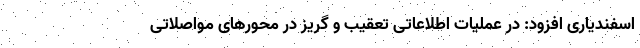
اسفندیاری افزود: در عملیات اطلاعاتی تعقیب و گریز در محورهای مواصلاتی